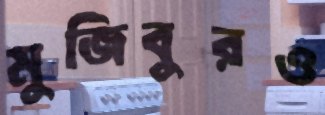
মুজিবুরও